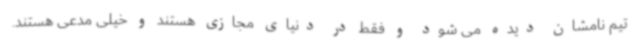
تیم نامشان دیده می شود و فقط در دنیای مجازی هستند و خیلی مدعی هستند.